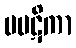
ပပဋိကာ